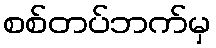
စစ်တပ်ဘက်မှ